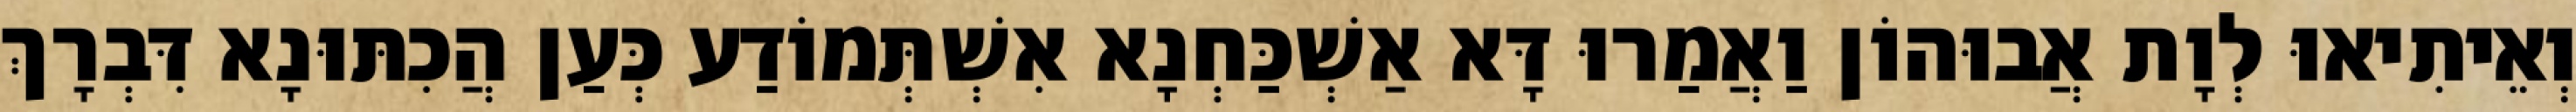
וְאֵיתִיאוּ לְוָת אֲבוּהוֹן וַאֲמַרוּ דָּא אַשְׁכַּחְנָא אִשְׁתְּמוֹדַע כְּעַן הֲכִתּוּנָא דִּבְרָךְ